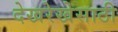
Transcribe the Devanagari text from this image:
देखरेखेसाठी